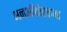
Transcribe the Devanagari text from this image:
अनऑथोराइज्ड